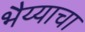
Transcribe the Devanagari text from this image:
भैय्याचा